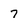
Character: 7